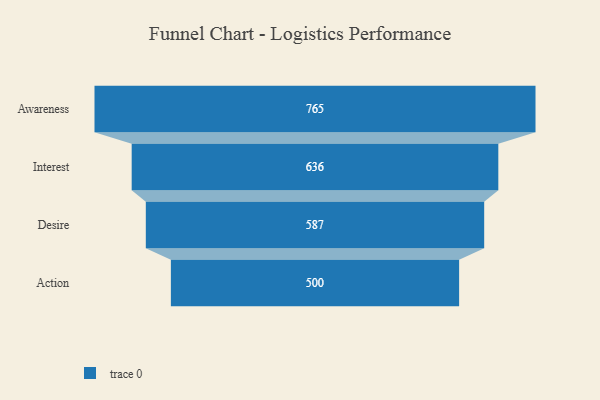
{"axis": {"x": "Stage", "y": "Value"}, "legend": [""], "data": [{"x": "Awareness", "y": 765.0, "type": ""}, {"x": "Interest", "y": 636.0, "type": ""}, {"x": "Desire", "y": 587.0, "type": ""}, {"x": "Action", "y": 500, "type": ""}]}